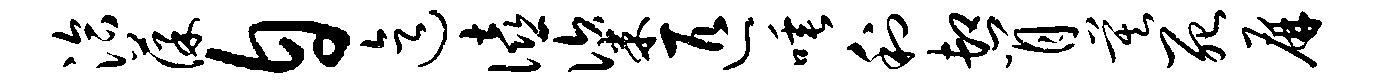
洽葆自迄僖粢匹唾利卸肖莫死屏